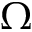
\Omega